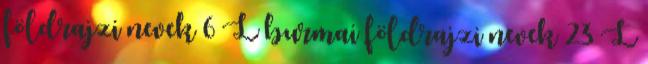
földrajzi nevek‎ 6 L burmai földrajzi nevek‎ 23 L